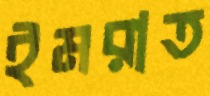
ইমরাত